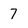
Character: 7